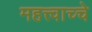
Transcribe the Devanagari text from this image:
महत्त्वाच्चे